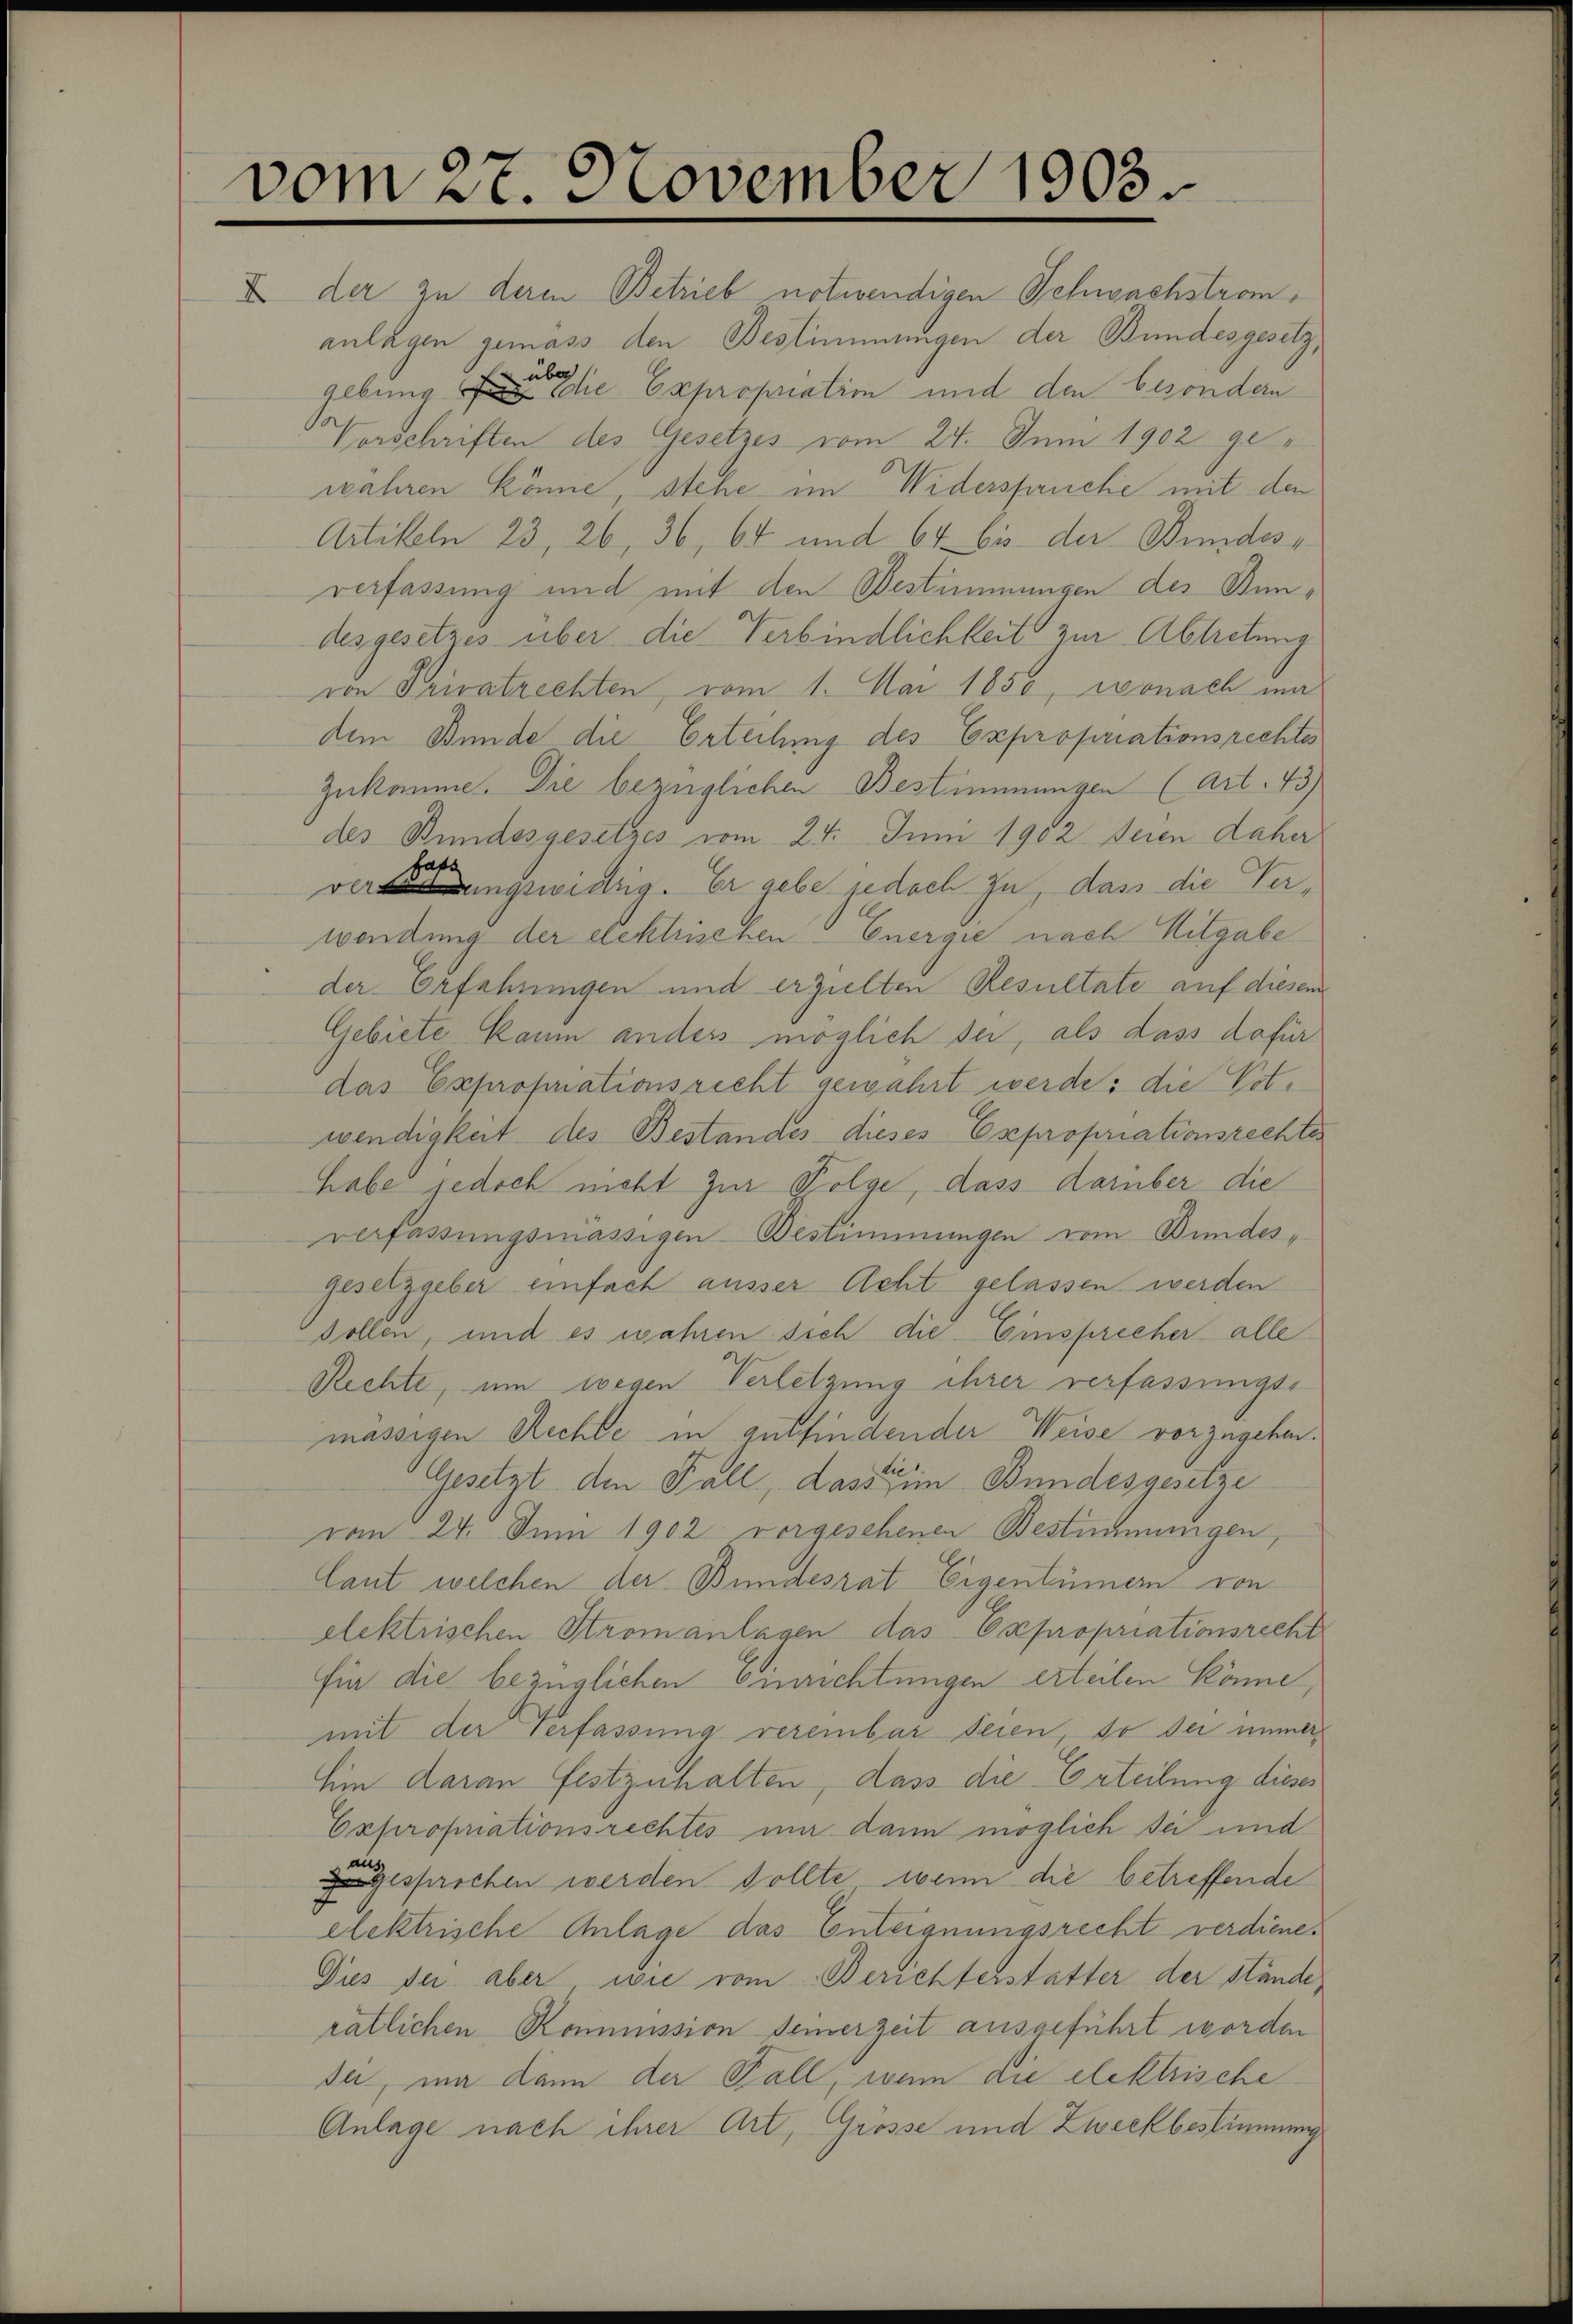
vom 27. November 1903.

II der zu deren Betrieb notwendigen Schwachstromanlagen gemass den Bestimmungen der Bundesgesetz,
gebung an die Expropriatim und den besonden
Vorschriften des Gesetzes vom 24. Juni 1902 gewahren könne, stehe im Widerspruche mit den
Artikeln 23, 26, 36, 64 und 64 bis der Bundes-
verfassung und mit den Bestimmungen des Bundesgesetzes über die Verbindlichkeit zur Abtretung
von Privatrechten, vom 1. Mai 1850, wonach madem Bunde die Erteilung des Expropriationsrechtes
zukomme. Die bezüglichen Bestimmungen (Art. 43)
des Bundesgesetzes vom 24. Juni 1902 seien daher
haft
verungswidrig. Er gebe jedoch zu, dass die Verwendung der elektrischen Energie nach Mitgabe
der Erfahrungen und erzielten Resultate auf diesem
Gebiete kaum anders möglich sei, als dass dafür
das Exprofnationsrecht gewahrt werde; die Votwendigkeit des Bestandes dieses Expropriationsrechtes
habe jedoch nicht zur Folge, dass darüber die
verfassungsmässigen-Bestimmungen vom Bundesgesetzgeber einfach ausser Acht gelassen werden
dollen, und es wahren sich die Einsprecher alle
Rechte, um wegen Verletzung ihrer verfassungs-
mässigen Rechte in gutfindender Weise vorzugehen.
Gesetzt den Fall, dass in Bundesgesetze
vom 24. Juni 1902 vorgesehenen Bestimmungen,
Caut welchen der Bundesrat Eigentümern von
elektrischen Stromanlagen das Expropriationsrecht
für die bezüglichen Einrichtungen erteilen könne,
mit der Verfassung vereinbar seien, so der immer
hin daran festzuhalten, dass die Erteilung dieses
Expropriationsrechtes mir dann möglich sei und
au
zugesprochen werden sollte, wenn die betreffende
elektrische Anlage das Enteignungsrecht verdiene.
Dies der aber wie vom Berichterstatter der Stände
rätlichen Kommission seinerzeit ausgeführt worden
se, ma dann der Fall, wenn an elektrische
Anlage nach ihrer Art, Grösse und Zweckbestimmung